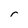
Character: r